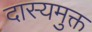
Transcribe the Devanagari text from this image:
दास्यमुक्त